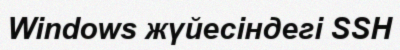
Windows жүйесіндегі SSH